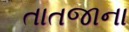
તાતજાના